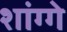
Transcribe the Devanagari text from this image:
शांग्गे